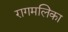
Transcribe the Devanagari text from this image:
रागमलिका